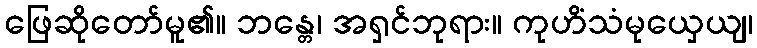
ဖြေဆိုတော်မူ၏။ ဘန္တေ၊ အရှင်ဘုရား။ ကုဟိံသံမုယှေယျ၊